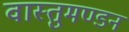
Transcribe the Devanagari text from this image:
वास्तुमण्डन